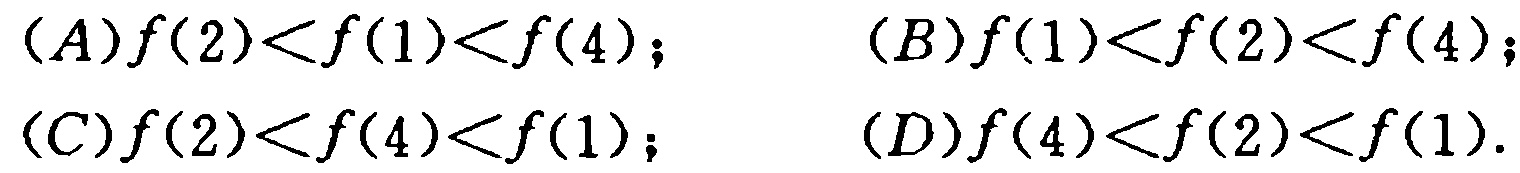
\((A)f(2)<f(1)<f(4);\) \((B)f(1)<f(2)<f(4);\)
\((C)f(2)<f(4)<f(1);\) \((D)f(4)<f(2)<f(1).\)